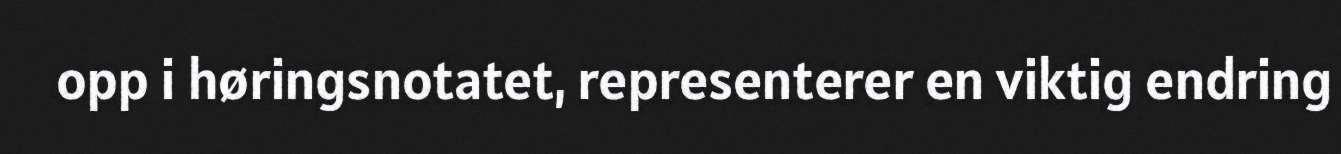
opp i høringsnotatet, representerer en viktig endring